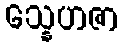
သ္နေဟဇာ